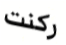
ركنت